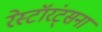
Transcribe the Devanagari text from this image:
रेस्टॉरंट्सना